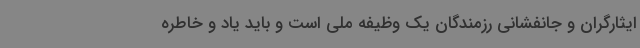
ایثارگران و جانفشانی رزمندگان یک وظیفه ملی است و باید یاد و خاطره